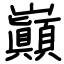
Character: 巓